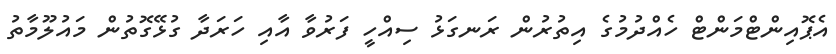
އެޕޮއިންޓްމަންޓް ހެއްދުމުގެ އިތުރުން ރަނގަޅު ސިއްހީ ފަރުވާ އާއި ހަރަދާ ގުޅޭގޮތުން މައުލޫމާތު